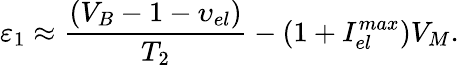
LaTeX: {{\varepsilon_{1}}}\approx{\frac{(V_{B}-1-{{\upsilon}_{el}})}{T_{2}}}-{\left(1+I_{el}^{max}\right)}V_{M}.